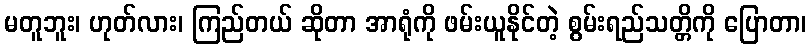
မတူဘူး၊ ဟုတ်လား၊ ကြည်တယ် ဆိုတာ အာရုံကို ဖမ်းယူနိုင်တဲ့ စွမ်းရည်သတ္တိကို ပြောတာ၊